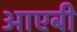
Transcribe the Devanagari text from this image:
आएबी